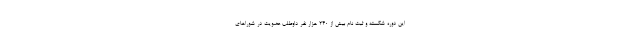
این دوره شکسته و ثبت نام بیش از 240 هزار نفر داوطلب عضویت در شوراهای